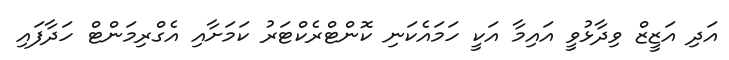
އަދި އަޒީޒް ވިދާޅުވީ އައިމާ އަކީ ހަމައެކަނި ކޮންޓްރެކްޓަރު ކަމަށާއި އެގްރިމަންޓް ހަދާފައި